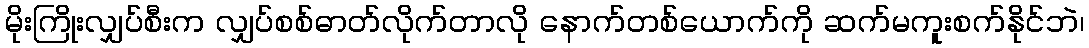
မိုးကြိုးလျှပ်စီးက လျှပ်စစ်ဓာတ်လိုက်တာလို နောက်တစ်ယောက်ကို ဆက်မကူးစက်နိုင်ဘဲ၊